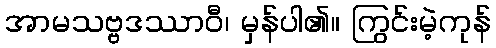
အာမသဗ္ဗဒဿာဝီ၊ မှန်ပါ၏။ ကြွင်းမဲ့ကုန်